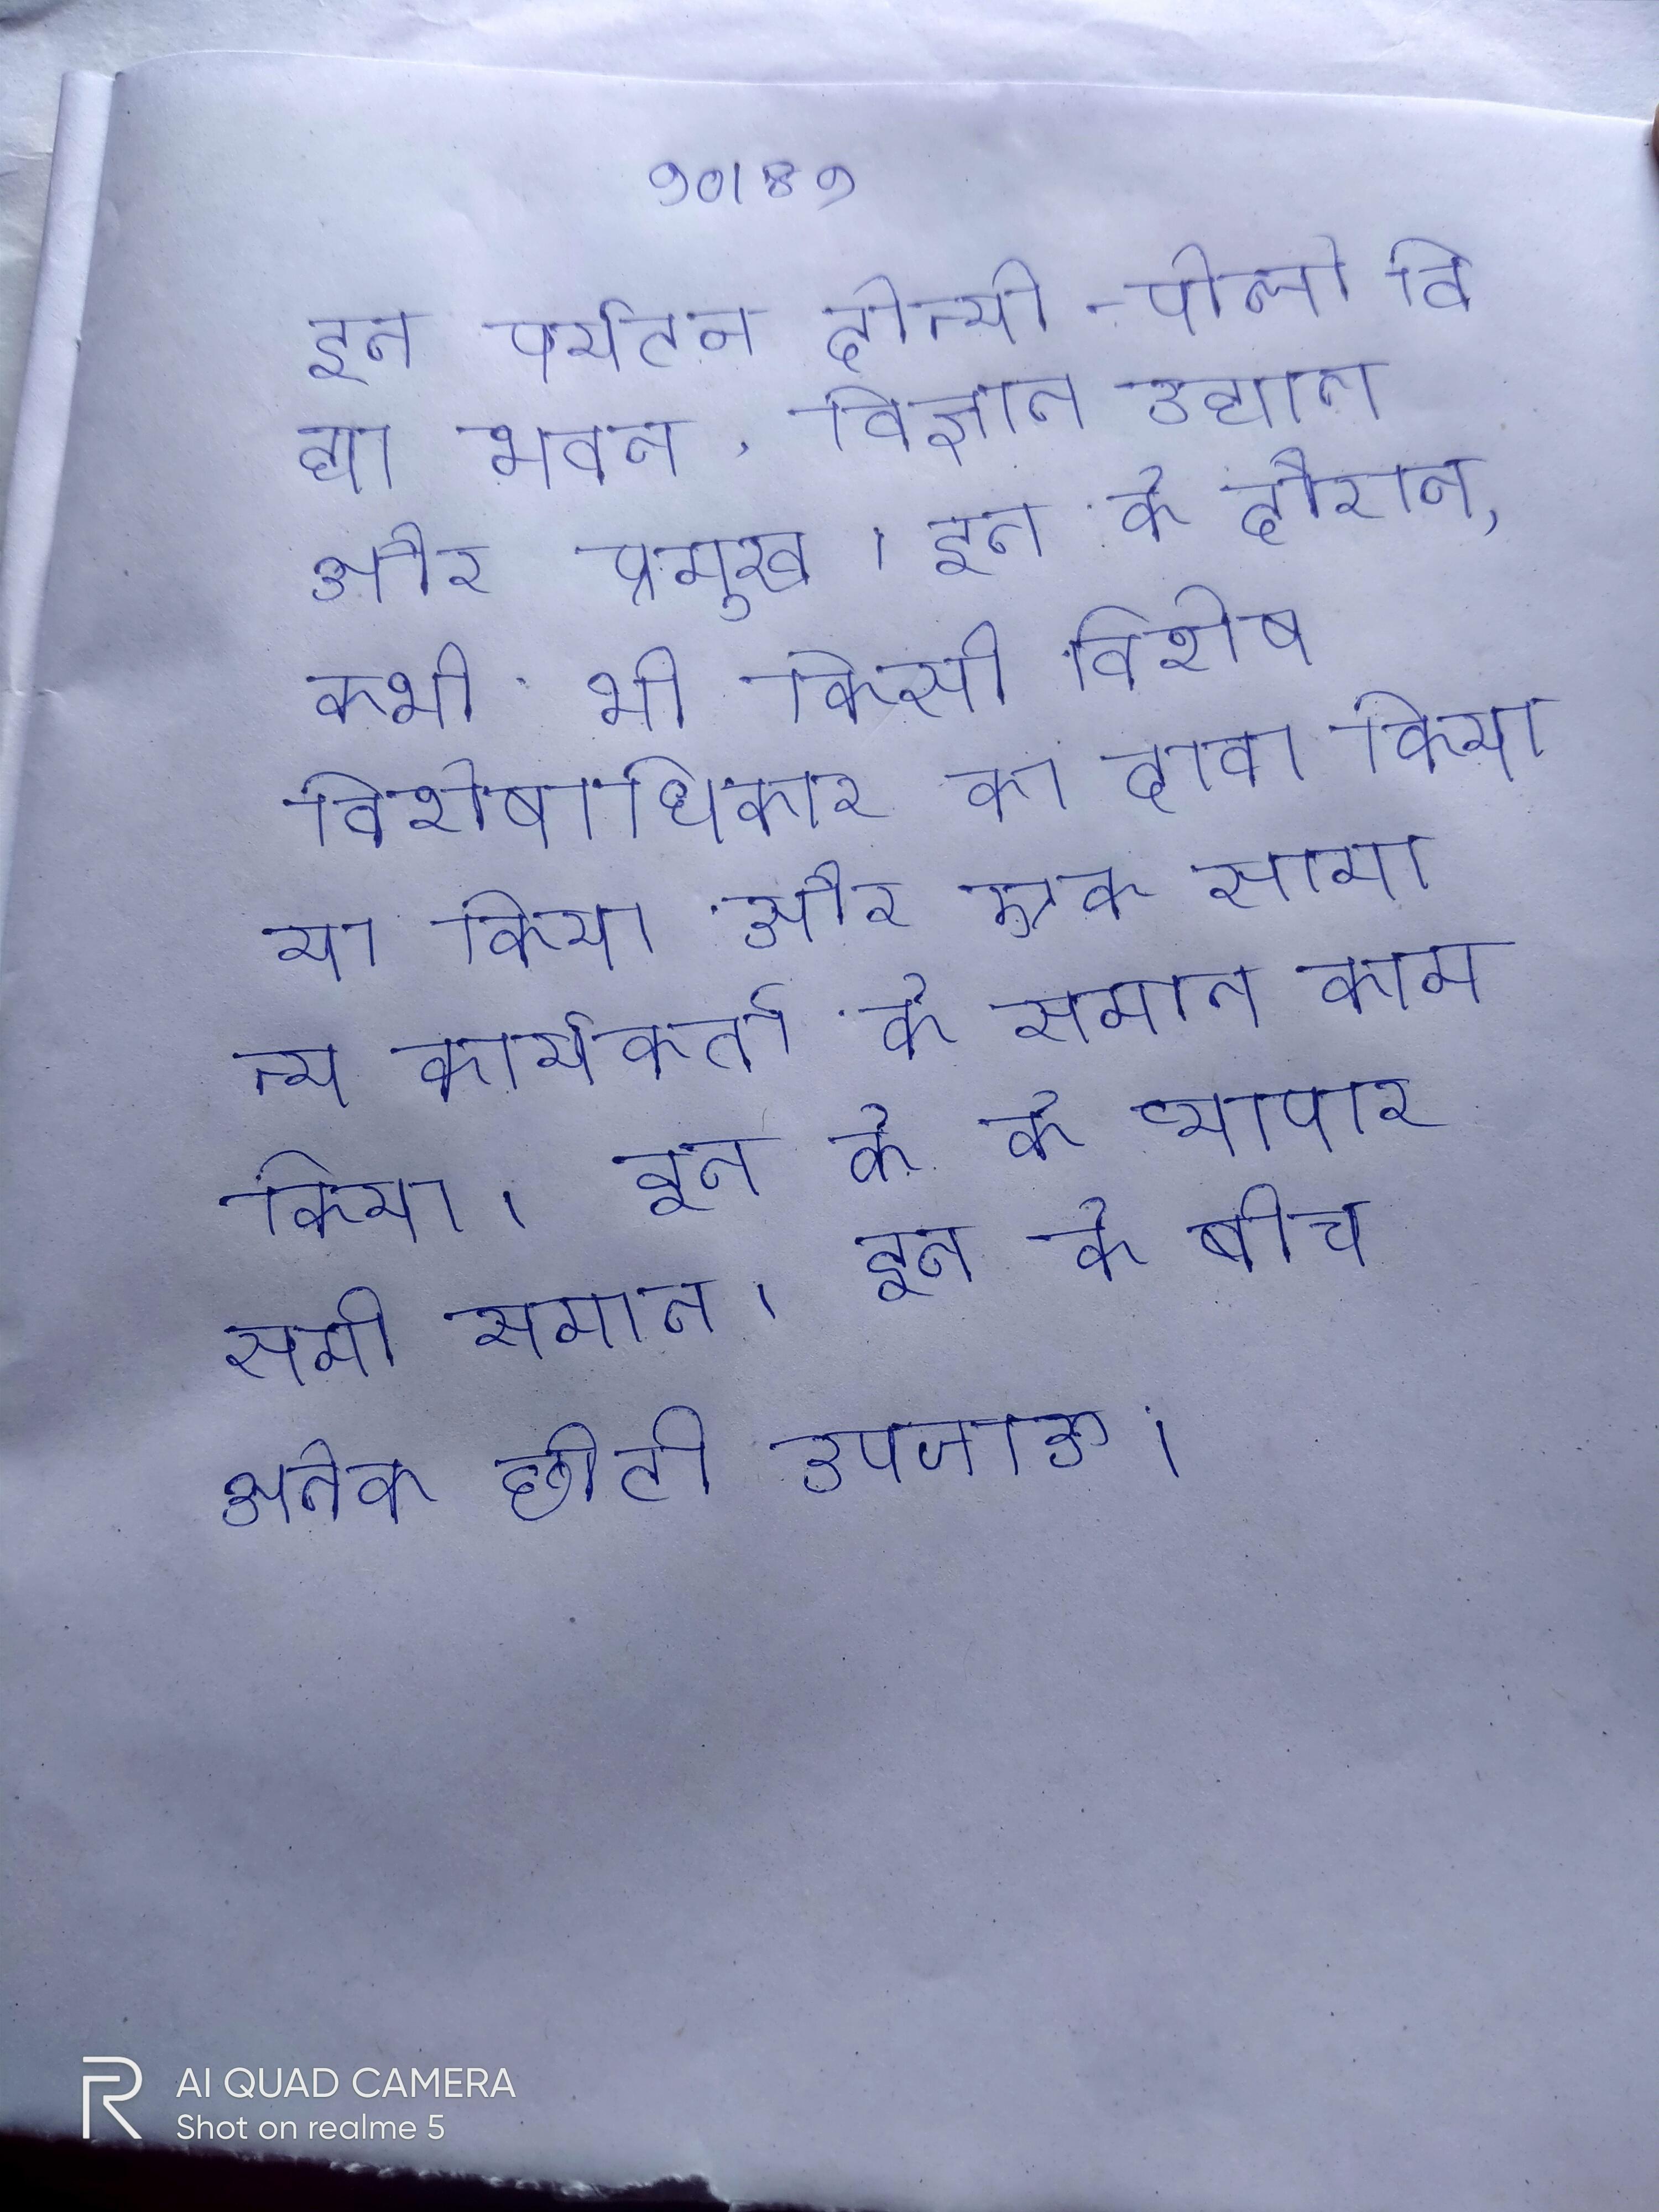
इन पर्यटन दोन्यी-पोलो विद्या भवन, विज्ञान उद्यान और प्रमुख । इन के दौरान, कभी भी किसी विशेष विशेषाधिकार का दावा किया या किया और एक सामान्य कार्यकर्ता के समान काम किया । इन के के व्यापार सभी समान । इन के बीच अनेक छोटी उपजाऊ ।